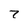
Character: 7